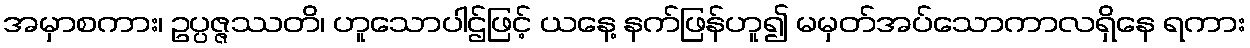
အမှာစကား၊ ဥပ္ပဇ္ဇဿတိ၊ ဟူသောပါဌ်ဖြင့် ယနေ့ နက်ဖြန်ဟူ၍ မမှတ်အပ်သောကာလရှိနေ ရကား